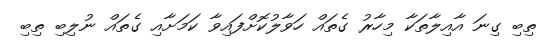
ތިބި ގިނަ އާއިލާތަކާ މިހާރު ގެތައް ހަވާލުކޮށްފައިވާ ކަމަށާއި ގެތައް ނުލިބި ތިބި